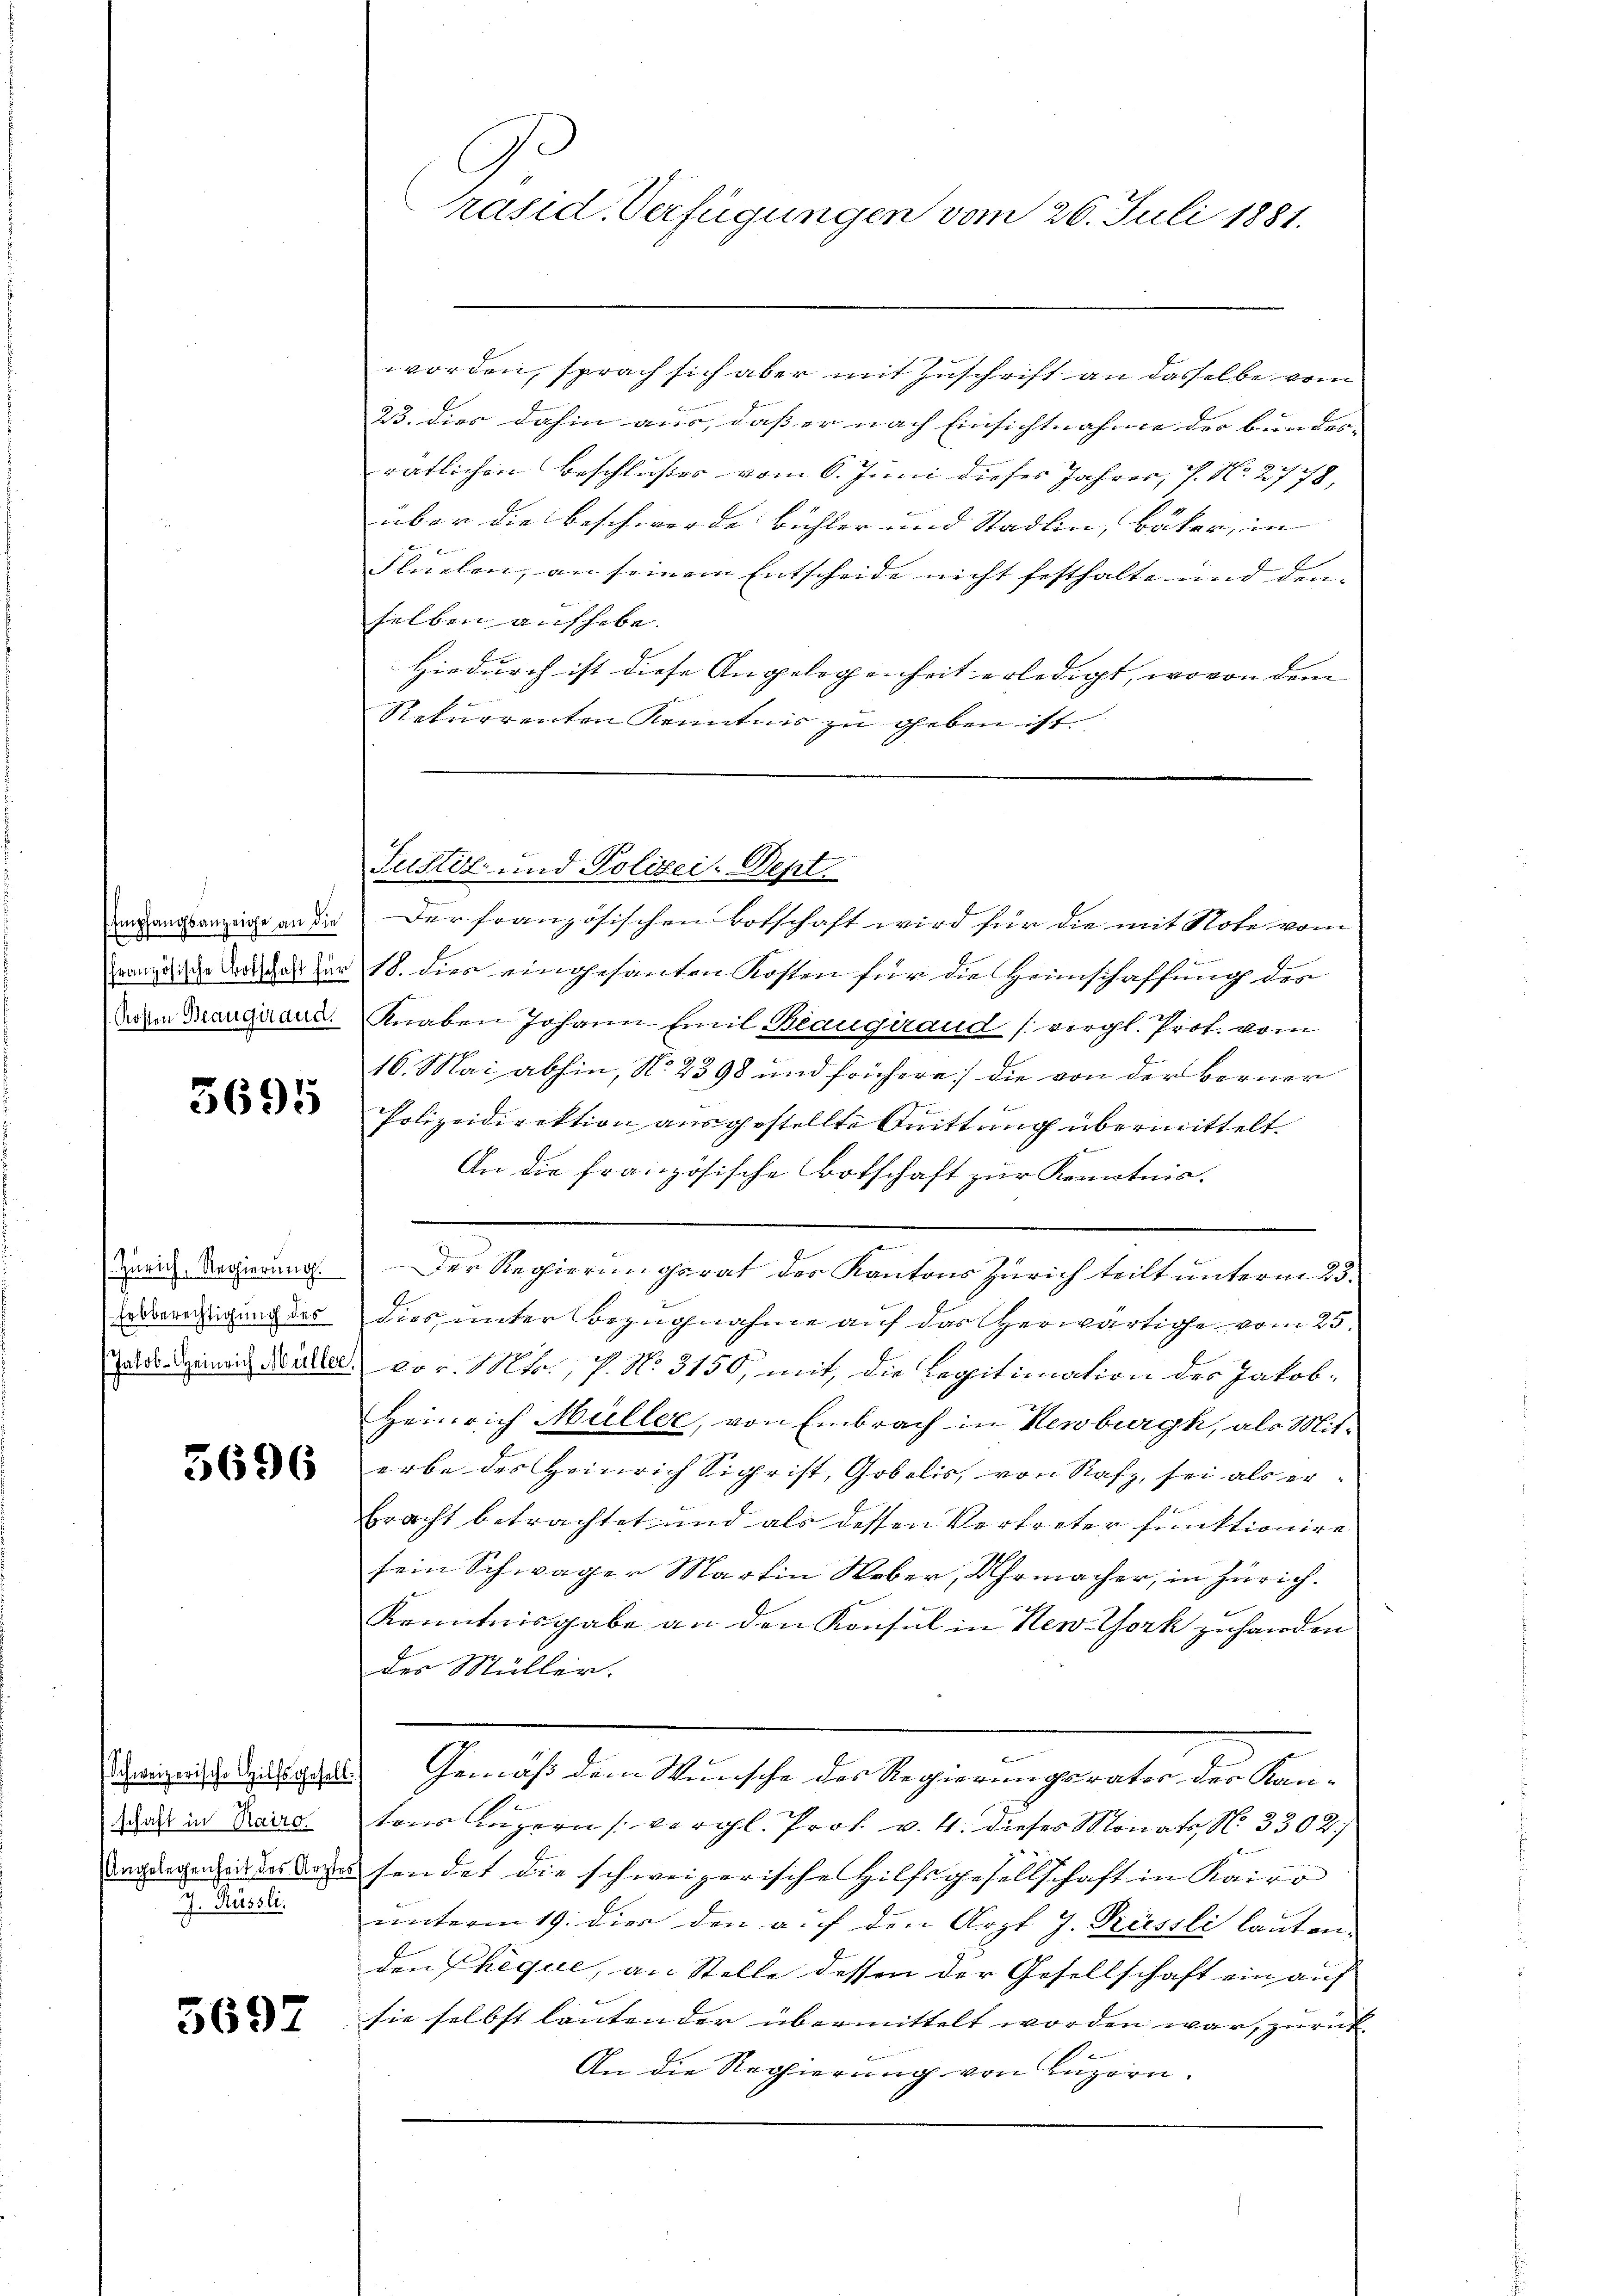
Empfangsanzeige an die
E
französische Botschaft für
Kosten Beaugeraud.

3695

Zürich, Regierung.
Erbberechtigung des
Jalob-Heinrich Müller,

3696

Schweizerische Hilfsgesell
schaft in Kairo.
.
J. Rüssli

5697

C
räsid. Verfügungen vom 26. Juli 1881.

worden, sprach sich aber mit Zuschrift an dasselbe vom
23. dies dahin aus, dass er nach Einsichtnahme der bundes- |
rätlichen Beschlußes vom 6. Juni dieses Jahres, V. N. 2778,
über die Beschwerde bichler und Stadlin, bäter, in |
Fluchen, an seinem Entscheide nicht festhalte und denselben aufhebe.
Hiedurch ist diese Angelegenheit erledigt, wovon dem |
f
Naturrenten Kenntnis zu geben ist.

Justiz- und Polizei-Dept.
Der französischen Botschaft wird für die mit Note vom
18. dies eingesanten Kosten für die Heimschaffung des
Knaben Johann Emil Beaugiraud (vergl. Prof. vom
16. Mai abhin, No. 2398 und frühere die von der Berner
Polizeidirektion ausgestellte Quittung übermittelt.
An die französische Botschaft zur Kenntnis.

Der Regierungsrat des Kantons Zürich teilt unterm 23.
dies unter Bezugnahme auf das Herwärtige vom 25.
vor. Mts., P. No. 3150, mit, die Legitimation des Jakob-
Heinrich Müller, von Embrach in Kenburgh, als Mit-
erbe des Heinrich Sigrist, Gobelis, von Rafz, sei als erbracht betrachtet und als dessen Vertreter funktionire
sein Schwager Martin Weber, Uhrmacher, in Zürich.
Kenntnisgabe an den Konsul in New York zuhanden
des Müller.
Gemäß dem Wunsche des Regierungsrates des Kan-
tons Luzern vergl. Prof. v. 4. dieses Monato, No. 3302/
nglegenheiter den sendet die schweizerische Hilfsgesellschaft in Kairo
unterm 19. dies den auf den Arzt J. Küssli lauten-
den Chique, an Stelle dessen der Gesellschaft ein auf
sie selbst lautender übermittelt worden war, zurück
An die Regierung von Luzern.